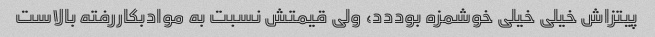
پیتزاش خیلی خیلی خوشمزه بوددد، ولی قیمتش نسبت به موادبکاررفته بالاست